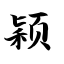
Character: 颖